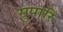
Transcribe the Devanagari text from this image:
सुपारि